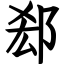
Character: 郄